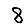
Digit: 8